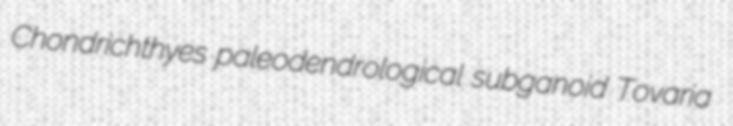
Chondrichthyes paleodendrological subganoid Tovaria